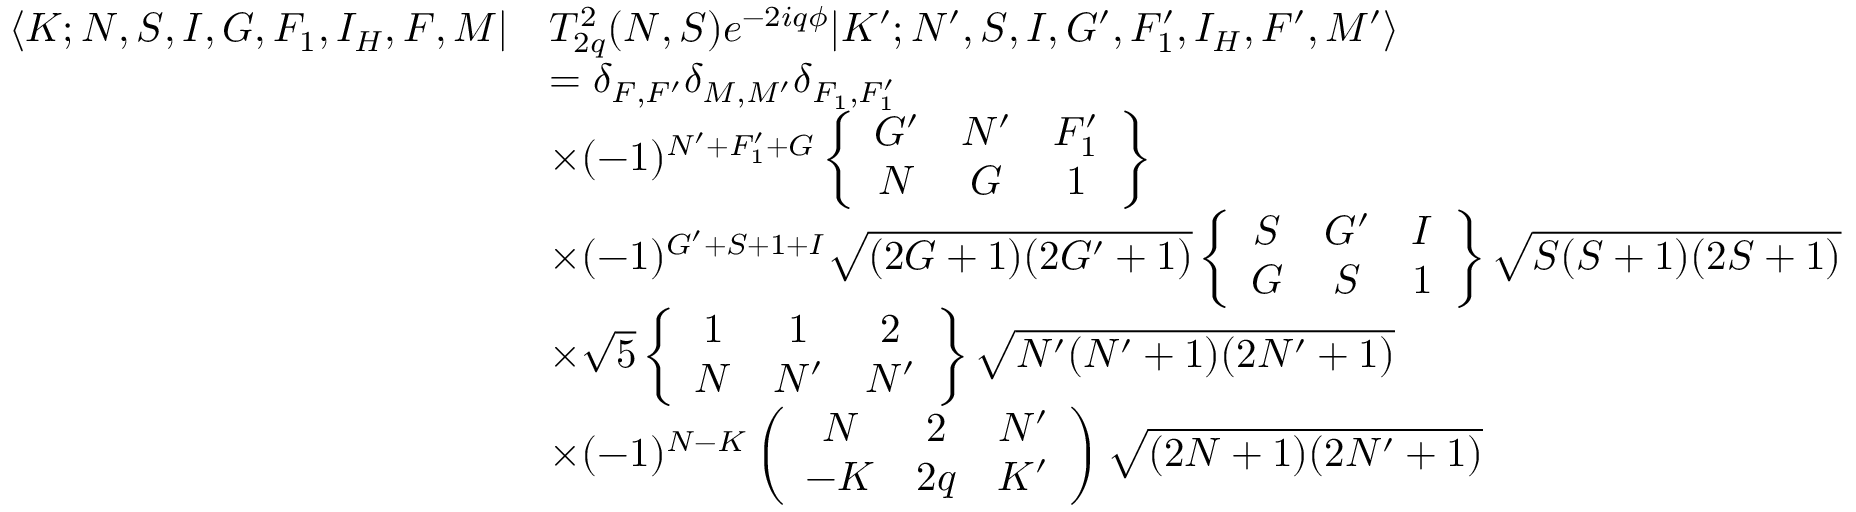
\begin{array} { r l } { \langle K ; N , S , I , G , F _ { 1 } , I _ { H } , F , M | } & { T _ { 2 q } ^ { 2 } ( N , S ) e ^ { - 2 i q \phi } | K ^ { \prime } ; N ^ { \prime } , S , I , G ^ { \prime } , F _ { 1 } ^ { \prime } , I _ { H } , F ^ { \prime } , M ^ { \prime } \rangle } \\ & { = \delta _ { F , F ^ { \prime } } \delta _ { M , M ^ { \prime } } \delta _ { F _ { 1 } , F _ { 1 } ^ { \prime } } } \\ & { \times ( - 1 ) ^ { N ^ { \prime } + F _ { 1 } ^ { \prime } + G } \left\{ \begin{array} { c c c } { G ^ { \prime } } & { N ^ { \prime } } & { F _ { 1 } ^ { \prime } } \\ { N } & { G } & { 1 } \end{array} \right\} } \\ & { \times ( - 1 ) ^ { G ^ { \prime } + S + 1 + I } \sqrt { ( 2 G + 1 ) ( 2 G ^ { \prime } + 1 ) } \left\{ \begin{array} { c c c } { S } & { G ^ { \prime } } & { I } \\ { G } & { S } & { 1 } \end{array} \right\} \sqrt { S ( S + 1 ) ( 2 S + 1 ) } } \\ & { \times \sqrt { 5 } \left\{ \begin{array} { c c c } { 1 } & { 1 } & { 2 } \\ { N } & { N ^ { \prime } } & { N ^ { \prime } } \end{array} \right\} \sqrt { N ^ { \prime } ( N ^ { \prime } + 1 ) ( 2 N ^ { \prime } + 1 ) } } \\ & { \times ( - 1 ) ^ { N - K } \left( \begin{array} { c c c } { N } & { 2 } & { N ^ { \prime } } \\ { - K } & { 2 q } & { K ^ { \prime } } \end{array} \right) \sqrt { ( 2 N + 1 ) ( 2 N ^ { \prime } + 1 ) } } \end{array}